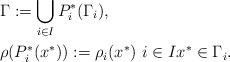
LaTeX: \begin{align*}&\Gamma := \bigcup_{i\in I} P_i^* (\Gamma_i), \\&\rho (P_i^* (x^*)) := \rho_i (x^*) \,\, i \in I x^* \in \Gamma_i. \end{align*}